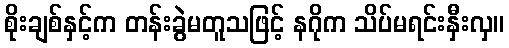
စိုးချစ်နှင့်က တန်းခွဲမတူသဖြင့် နဂိုက သိပ်မရင်းနှီးလှ။